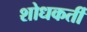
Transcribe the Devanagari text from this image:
शोधकर्ती